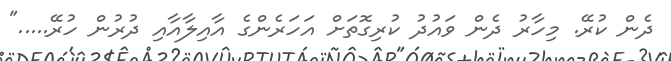
ދެން ކުރޭ. މިހާރު ދެން ވައުދު ކުރިގޮތަށް އަހަރެންގެ އާއިލާއާއި ދުރުން ހުރޭ....."